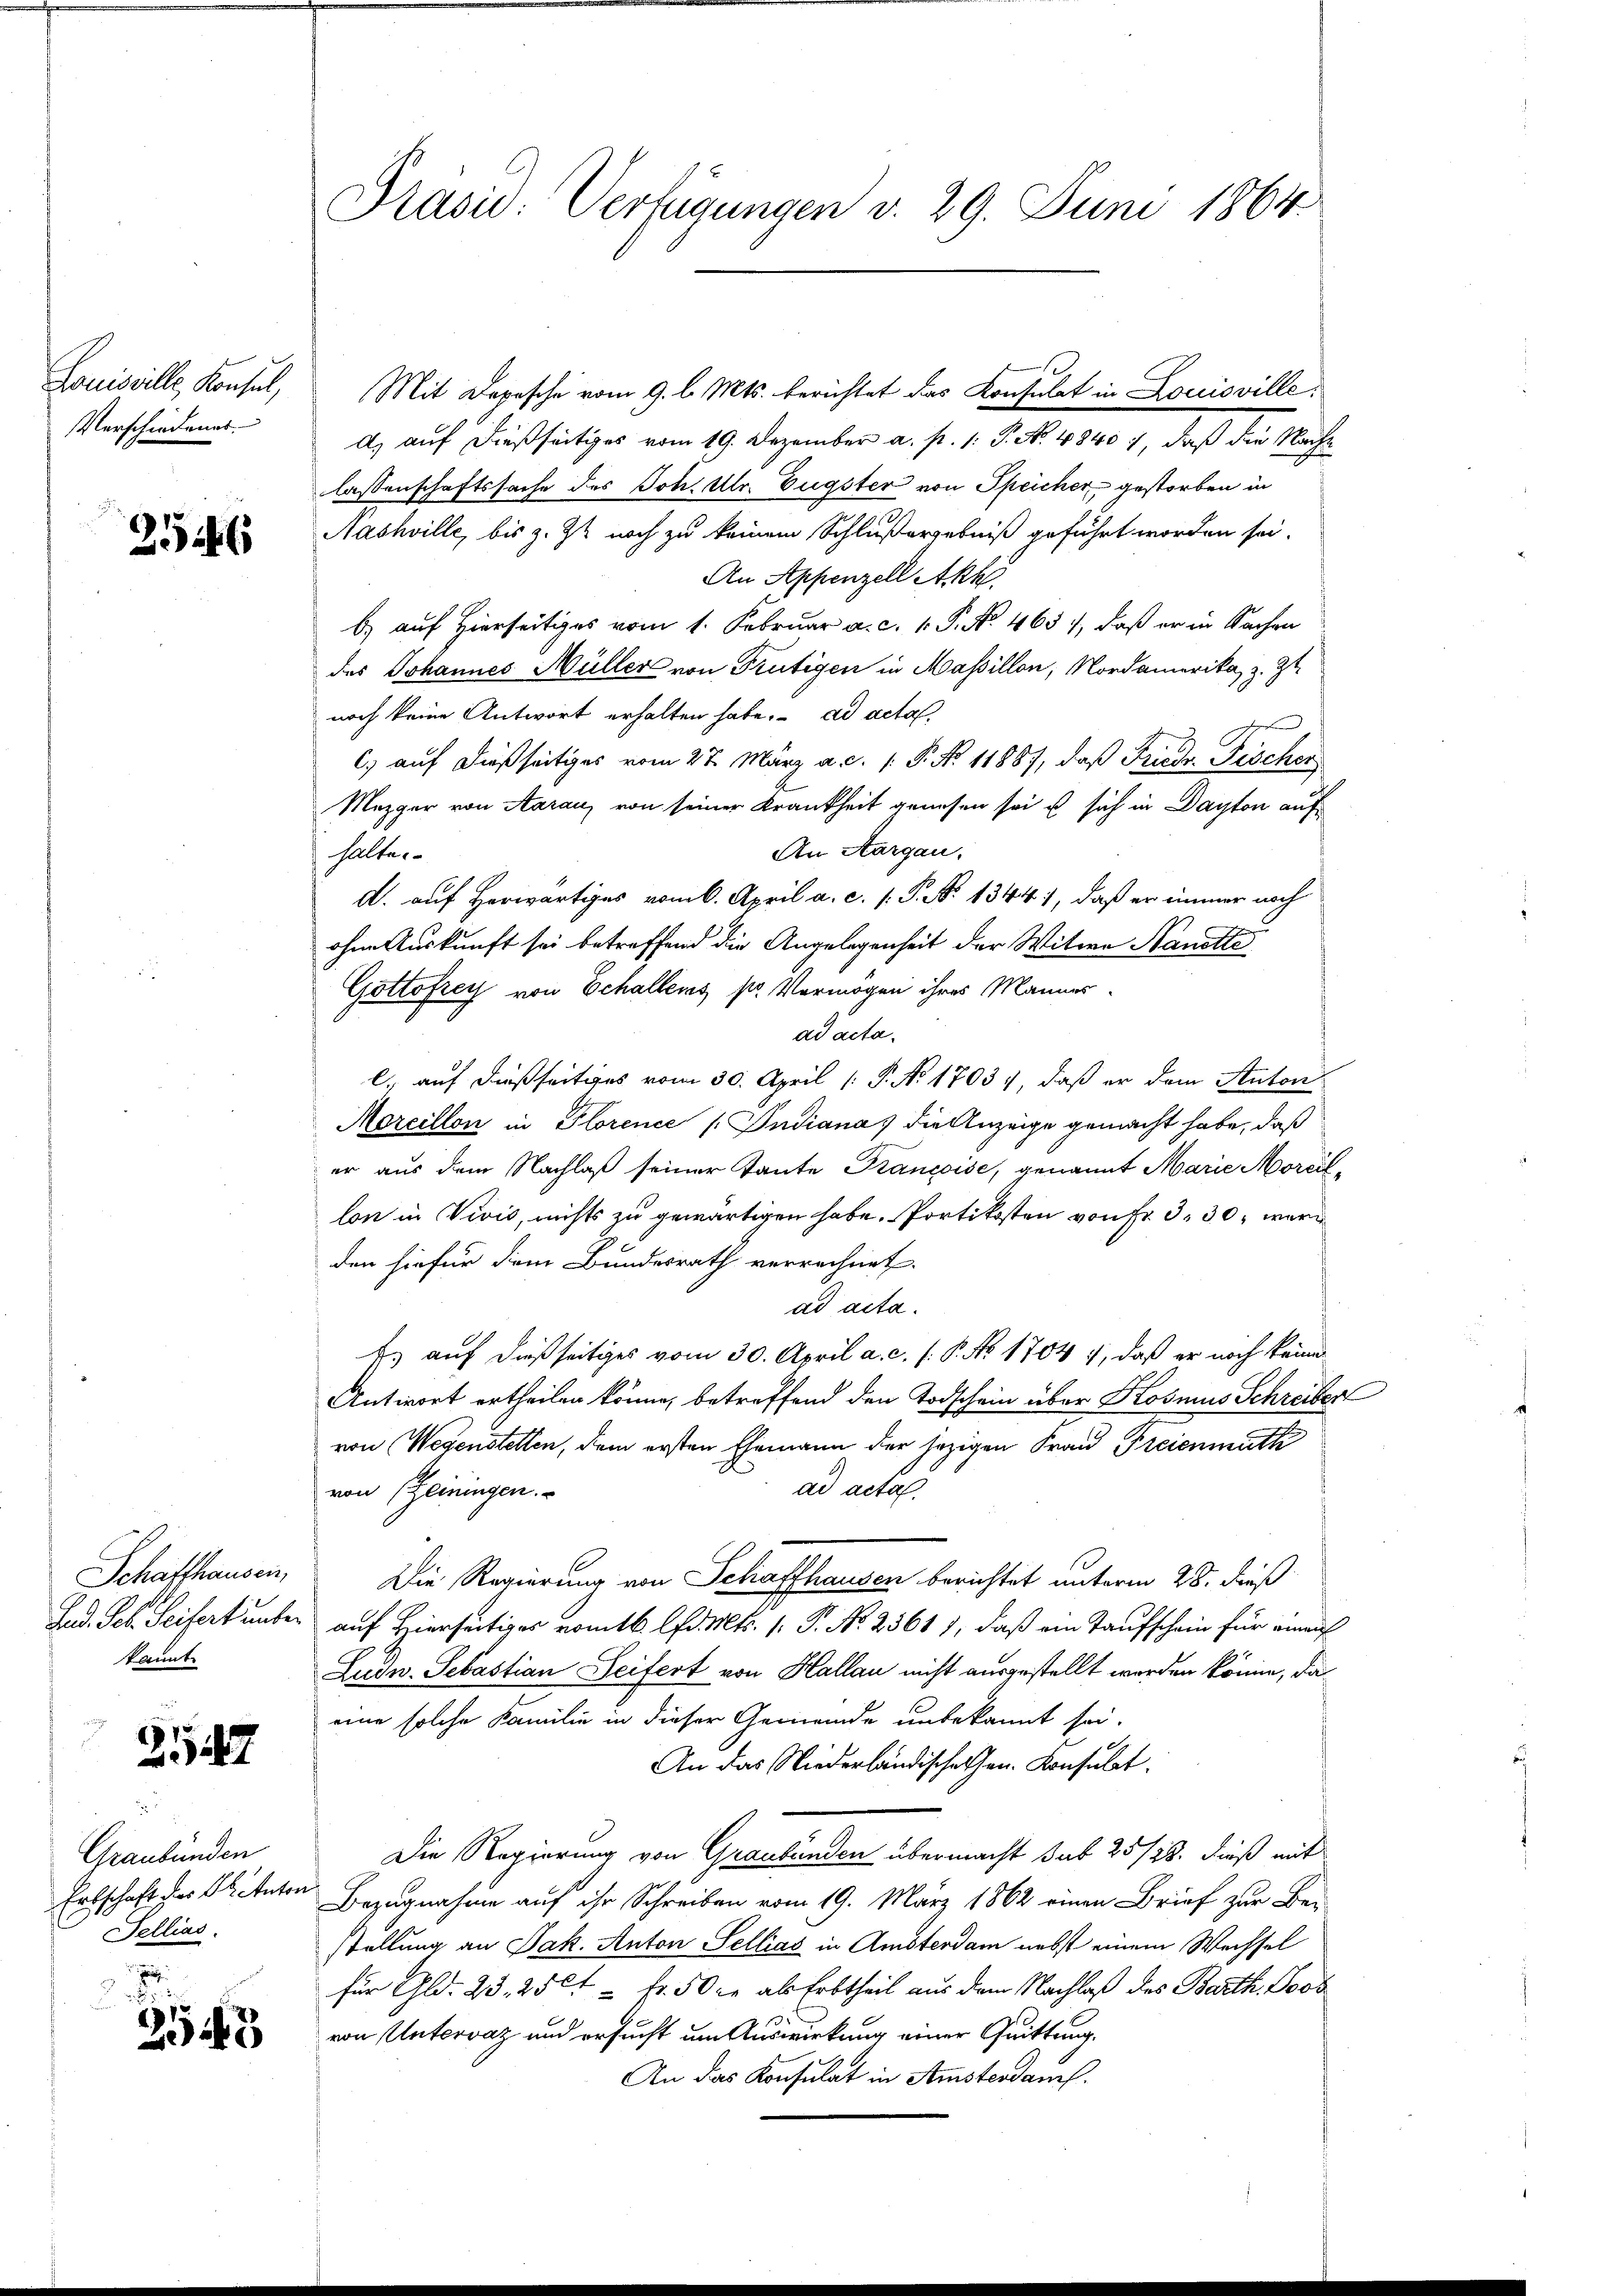
Louisville, Konsul,
Verschiedenes

252

Schaffhausen,
kannt

2114

Graubünden
Erbschaft der Statuten
Fellias.
g

i
2543

Präsid: Verfügungen d. 29. Juni 1864

Mit Depesche vom 9. l. Mts. berichtet das Konsulat in Louisville,
d) auf dießseitiges vom 19. Dezember a. p. 1. P. No 48401, daß die Nacht
lassenschaftssache des Joh. Ulr. Eugster von Speicher gestorben in
Nashville, bis z. Zt noch zu keinem Schlußergebniß geführt worden sei.
An Appenzell Akh
b.) auf Hierseitiges vom 1. Februar a. c. v. P. No. 465 1, daß er in Sachen
des Johannes Müller von Frutigen in Massillon, Nordamerika, z. Zt.
noch keine Antwort erhalten habe. ad acta,
C) auf dießseitiges vom 27. März a. c. 1. P. Nr. 11887, daß Friede Fischer
Mezger von Aarau, von seiner Krankheit genessen sei es sich in Dayton auf
An Aargau.
halte.
d. auf Herwärtiges vom 6. April a. c. s. S. No. 1344), daß er immer noch
ohne Auskunft sei betreffend die Angelegenheit der Witwe Nanette
Gottofrey von Echallens sr. Vermögen ihres Mannes-
ad acta.
l., auf dießseitiges vom 30. April [ P. No 1703), daß er dem Anton
Moreillon in Florence /: Indiana, die Anzeige gemacht habe, daß
er aus dem Nachlaß seiner Tante Krancoise, genannt Marie Morcillon in Vivis, nichts zu gewärtigen habe. Portikosten von fr. 3. 30, werden hiefür dem Bundesrath verrechnet.
ad acta.
f.) auf dießseitiges vom 30. April a. c. s. P. No 1704 i, daß er noch keine
Antwort ertheilen könne, betreffend den Todschein über Kosmus Schreiber
von Wegenstellen, dem ersten Ehemann der jezigen Frau Freienmath
ad acta.
von (Zeiningen.
Die Regierung von Schaffhausen berichtet unterm 28. dieß
Lad. Feb. Seifert unter auf Hierseitiges vom 16. d. Mts. 1. P. Nr. 25611, daß ein Taufschein für einauf
Ludn- Sebastian Seifert von Hallau nicht ausgestellt worden könne, da
eine solche Familie in dieser Gemeinde unbekannt sei.
An das Niederländischehen. Konsulat
Die Regierung von Graubünden übermacht sub 25/28. dieß mit
 Bezugnahme auf ihr Schreiben vom 19. März 1862 einen Brief zur Be-
stellung an Jak. Anton Sellias in Amsterdam nebst einem Wechsel
für Gld. 23. 250 Fr. 50 re als Erbtheil aus dem Nachlaß des Barth. Post
von Untervaz und ersucht um Auswirkung einer Quittung.
An das Konsulat in Amsterdauf.